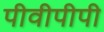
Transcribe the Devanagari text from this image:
पीवीपीपी